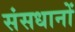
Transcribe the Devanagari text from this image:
संसधानों